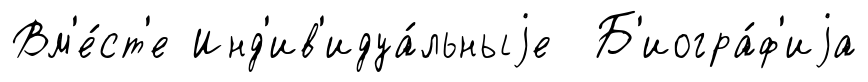
Вм'е́ст'е Инд'ив'идуа́льныjе Б'иогра́ф'иjа